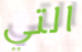
التي